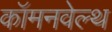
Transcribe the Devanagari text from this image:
कॉमनवेल्‍थ